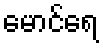
မောင်ရေ